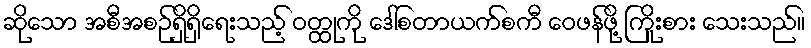
ဆိုသော အစီအစဉ်ရှိရှိရေးသည့် ဝတ္ထုကို ဒေါ်စတာယက်စကီ ဝေဖန်ဖို့ ကြိုးစား သေးသည်။